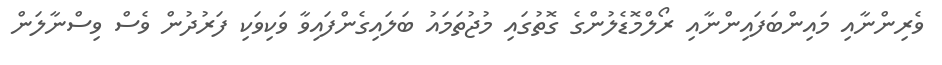
ވެރިންނާއި މައިންބަފައިންނާއި ރޯލްމޮޑެލުންގެ ގޮތުގައި މުޖުތަމައު ބަލައިގެންފައިވާ ވަކިވަކި ފަރުދުން ވެސް ވިސްނާލަން